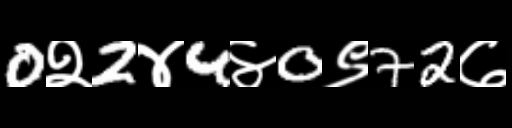
Text: 0२2४4४0९72७